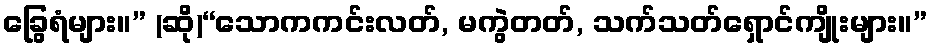
ခြွေရံများ။” (ဆို)“သောကကင်းလတ်, မကွဲတတ်, သက်သတ်ရှောင်ကျိုးများ။”